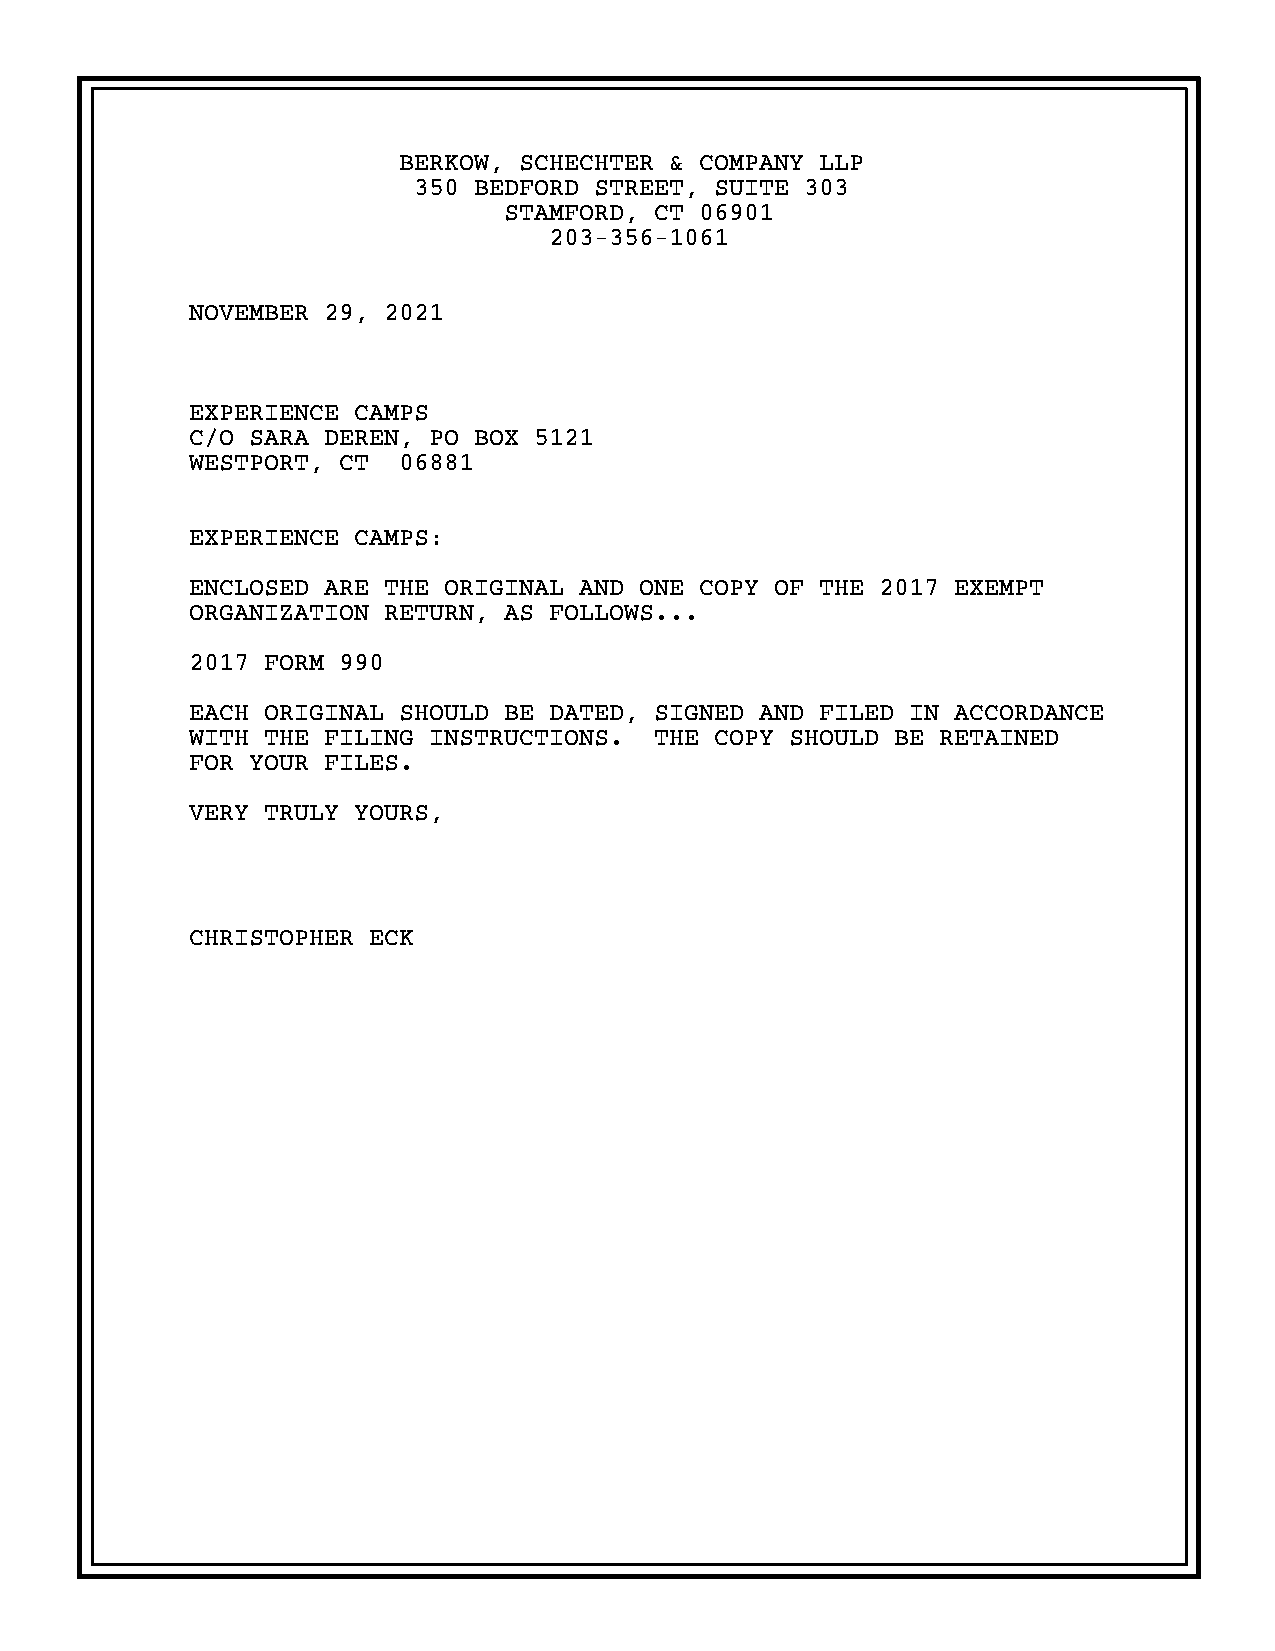
BERKOW, SCHECHTER & COMPANY LLP
 350 BEDFORD STREET, SUITE 303
 STAMFORD, CT 06901
 203-356-1061
 NOVEMBER 29, 2021
 EXPERIENCE CAMPS
 C/O SARA DEREN, PO BOX 5121
 WESTPORT, CT  06881
 EXPERIENCE CAMPS:
 ENCLOSED ARE THE ORIGINAL AND ONE COPY OF THE 2017 EXEMPT
 ORGANIZATION RETURN, AS FOLLOWS...
 2017 FORM 990
 EACH ORIGINAL SHOULD BE DATED, SIGNED AND FILED IN ACCORDANCE
 WITH THE FILING INSTRUCTIONS.  THE COPY SHOULD BE RETAINED
 FOR YOUR FILES.
 VERY TRULY YOURS,
 CHRISTOPHER ECK